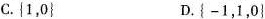
C.\left\{ 1，0\right\} D.\left\{ -1，1，0\right\}